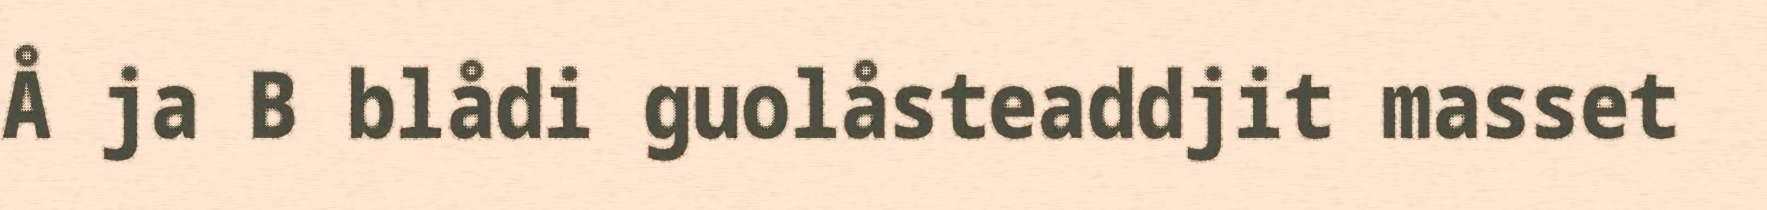
Å ja B blådi guolåsteaddjit masset